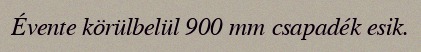
Évente körülbelül 900 mm csapadék esik.